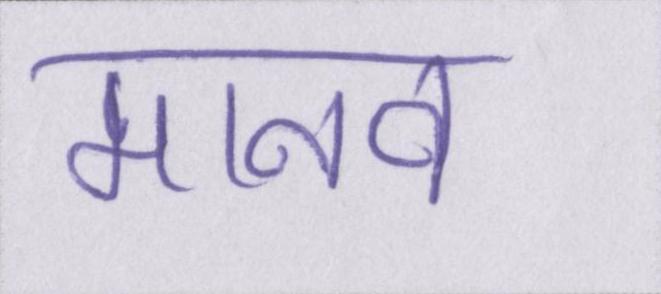
मानव